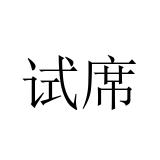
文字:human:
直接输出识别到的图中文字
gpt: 试席